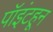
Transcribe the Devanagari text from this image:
पॉइंटहून